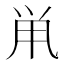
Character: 鼡